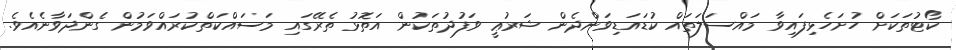
ކޯޓުތަކަށް ހުށަހެޅިފައިވާ މައްސަލަތައް ކުޑައަޑިވަންދެން ޝަރުޢީ ވަފުދުތަކުން އަތޮޅު ތެރޭގައި މަސައްކަތްކުރައްވަމުން ގެންދަވާނެއެވެ.